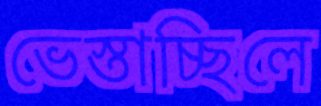
ভেস্তাচ্ছিলে